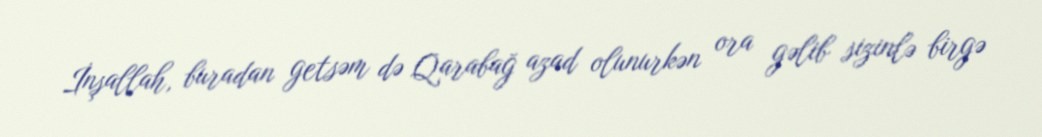
İnşallah, buradan getsəm də Qarabağ azad olunurkən ora gəlib sizinlə birgə